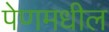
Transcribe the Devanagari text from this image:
पेणमधील